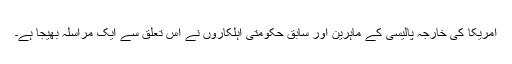
امریکا کی خارجہ پالیسی کے ماہرین اور سابق حکومتی اہلکاروں نے اس تعلق سے ایک مراسلہ بھیجا ہے۔